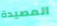
المصيدة